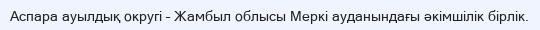
Аспара ауылдық округі – Жамбыл облысы Меркі ауданындағы әкімшілік бірлік.